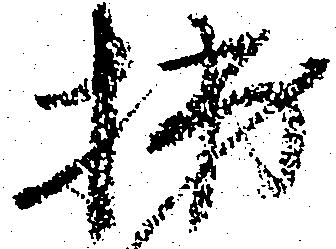
拙